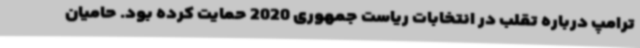
ترامپ درباره تقلب در انتخابات ریاست جمهوری 2020 حمایت کرده بود. حامیان